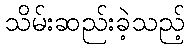
သိမ်းဆည်းခဲ့သည့်